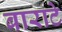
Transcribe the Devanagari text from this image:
बाराटे